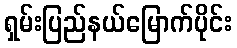
ရှမ်းပြည်နယ်မြောက်ပိုင်း